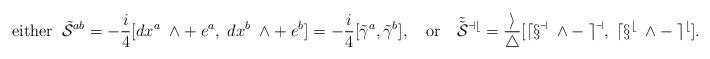
LaTeX: \begin{align*}{\rm either} \;\; \tilde{{\cal S}}^{ab} = -\frac{i}{4} [dx^a \; \wedge + \;e^a, \; dx^b\; \wedge + \; e^b ] = -\frac{i}{4} [\tilde{\gamma}^a, \tilde{\gamma}^b], \quad {\rm or} \quad \tilde{\tilde{\cal S}}{ }^{ab} = \frac{i}{4} [dx^a\; \wedge -\; e^a ,\; dx^b \; \wedge - \;e^b ]. \end{align*}